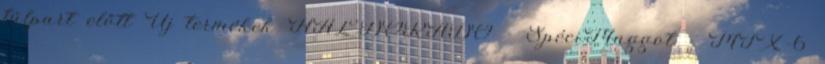
túlpart előtt Új termékek HALDORÁDÓ - SpéciMaggot - MIX-6